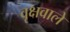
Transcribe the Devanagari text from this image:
वृक्षवाले